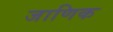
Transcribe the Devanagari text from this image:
जाणिक